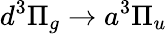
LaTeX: d^{3}\Pi_{g}\rightarrow a^{3}\Pi_{u}